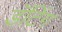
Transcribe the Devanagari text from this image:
डॅटिंग